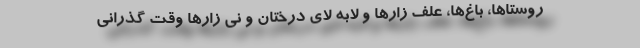
روستاها، باغ‌ها، علف زارها و لابه لای درختان و نی زارها وقت گذرانی